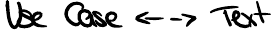
Use Case <-> Text